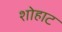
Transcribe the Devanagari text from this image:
शोहाट